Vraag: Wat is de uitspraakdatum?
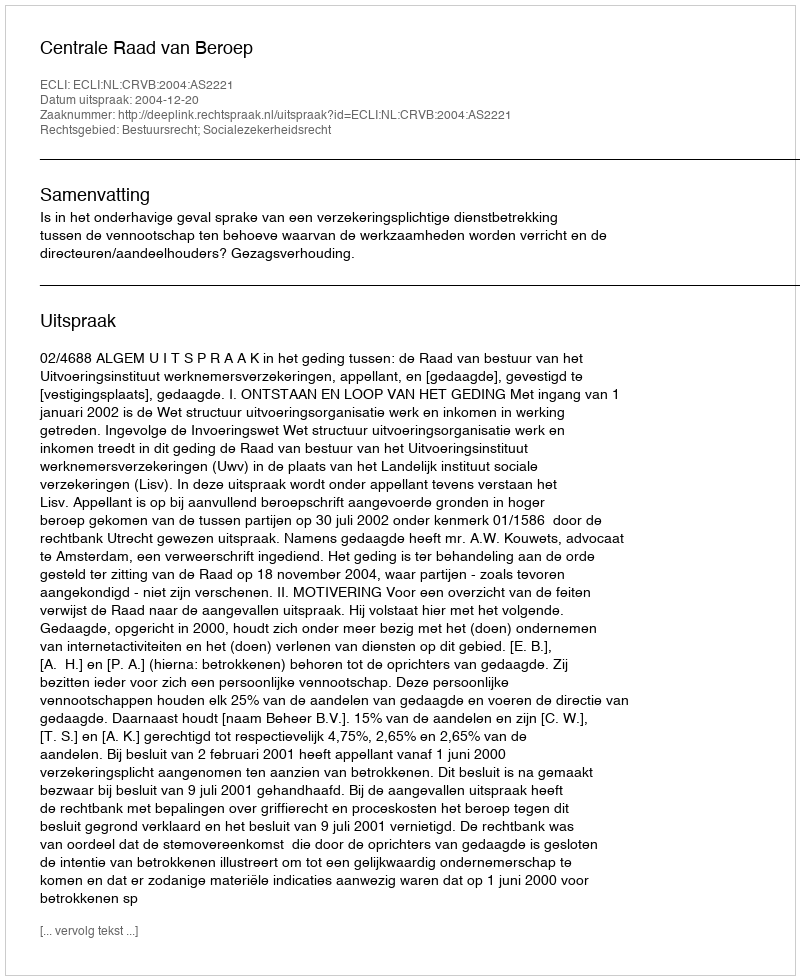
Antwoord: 2004-12-20